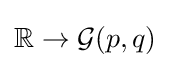
\mathbb {R} \to {\mathcal {G}}(p,q)